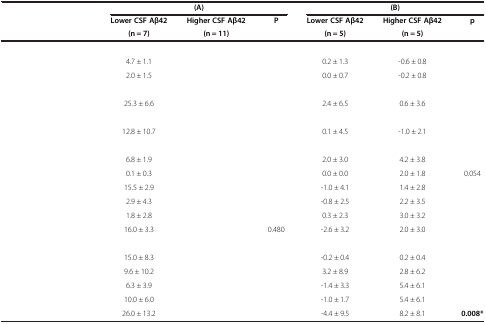
<table><thead><tr><td>[EMPTY_CELL]</td><td colspan="2"><b>(A)</b></td><td>[EMPTY_CELL]</td><td colspan="2"><b>(B)</b></td><td>[EMPTY_CELL]</td></tr><tr><td>[EMPTY_CELL]</td><td><b>Lower CSF Aβ42</b></td><td><b>Higher CSF Aβ42</b></td><td><b>P</b></td><td><b>Lower CSF Aβ42</b></td><td><b>Higher CSF Aβ42</b></td><td><b>p</b></td></tr><tr><td>[EMPTY_CELL]</td><td><b>(n = 7)</b></td><td><b>(n = 11)</b></td><td>[EMPTY_CELL]</td><td><b>(n = 5)</b></td><td><b>(n = 5)</b></td><td>[EMPTY_CELL]</td></tr></thead><tbody><tr><td>[EMPTY_CELL]</td><td>[EMPTY_CELL]</td><td>[EMPTY_CELL]</td><td>[EMPTY_CELL]</td><td>[EMPTY_CELL]</td><td>[EMPTY_CELL]</td><td>[EMPTY_CELL]</td></tr><tr><td>[EMPTY_CELL]</td><td>4.7 ± 1.1</td><td>[EMPTY_CELL]</td><td>[EMPTY_CELL]</td><td>0.2 ± 1.3</td><td>-0.6 ± 0.8</td><td>[EMPTY_CELL]</td></tr><tr><td>[EMPTY_CELL]</td><td>2.0 ± 1.5</td><td>[EMPTY_CELL]</td><td>[EMPTY_CELL]</td><td>0.0 ± 0.7</td><td>-0.2 ± 0.8</td><td>[EMPTY_CELL]</td></tr><tr><td>[EMPTY_CELL]</td><td>[EMPTY_CELL]</td><td>[EMPTY_CELL]</td><td>[EMPTY_CELL]</td><td>[EMPTY_CELL]</td><td>[EMPTY_CELL]</td><td>[EMPTY_CELL]</td></tr><tr><td>[EMPTY_CELL]</td><td>25.3 ± 6.6</td><td>[EMPTY_CELL]</td><td>[EMPTY_CELL]</td><td>2.4 ± 6.5</td><td>0.6 ± 3.6</td><td>[EMPTY_CELL]</td></tr><tr><td>[EMPTY_CELL]</td><td>[EMPTY_CELL]</td><td>[EMPTY_CELL]</td><td>[EMPTY_CELL]</td><td>[EMPTY_CELL]</td><td>[EMPTY_CELL]</td><td>[EMPTY_CELL]</td></tr><tr><td>[EMPTY_CELL]</td><td>12.8 ± 10.7</td><td>[EMPTY_CELL]</td><td>[EMPTY_CELL]</td><td>0.1 ± 4.5</td><td>-1.0 ± 2.1</td><td>[EMPTY_CELL]</td></tr><tr><td>[EMPTY_CELL]</td><td>[EMPTY_CELL]</td><td>[EMPTY_CELL]</td><td>[EMPTY_CELL]</td><td>[EMPTY_CELL]</td><td>[EMPTY_CELL]</td><td>[EMPTY_CELL]</td></tr><tr><td>[EMPTY_CELL]</td><td>6.8 ± 1.9</td><td>[EMPTY_CELL]</td><td>[EMPTY_CELL]</td><td>2.0 ± 3.0</td><td>4.2 ± 3.8</td><td>[EMPTY_CELL]</td></tr><tr><td>[EMPTY_CELL]</td><td>0.1 ± 0.3</td><td>[EMPTY_CELL]</td><td>[EMPTY_CELL]</td><td>0.0 ± 0.0</td><td>2.0 ± 1.8</td><td>0.054</td></tr><tr><td>[EMPTY_CELL]</td><td>15.5 ± 2.9</td><td>[EMPTY_CELL]</td><td>[EMPTY_CELL]</td><td>-1.0 ± 4.1</td><td>1.4 ± 2.8</td><td>[EMPTY_CELL]</td></tr><tr><td>[EMPTY_CELL]</td><td>2.9 ± 4.3</td><td>[EMPTY_CELL]</td><td>[EMPTY_CELL]</td><td>-0.8 ± 2.5</td><td>2.2 ± 3.5</td><td>[EMPTY_CELL]</td></tr><tr><td>[EMPTY_CELL]</td><td>1.8 ± 2.8</td><td>[EMPTY_CELL]</td><td>[EMPTY_CELL]</td><td>0.3 ± 2.3</td><td>3.0 ± 3.2</td><td>[EMPTY_CELL]</td></tr><tr><td>[EMPTY_CELL]</td><td>16.0 ± 3.3</td><td>[EMPTY_CELL]</td><td>0.480</td><td>-2.6 ± 3.2</td><td>2.0 ± 3.0</td><td>[EMPTY_CELL]</td></tr><tr><td>[EMPTY_CELL]</td><td>[EMPTY_CELL]</td><td>[EMPTY_CELL]</td><td>[EMPTY_CELL]</td><td>[EMPTY_CELL]</td><td>[EMPTY_CELL]</td><td>[EMPTY_CELL]</td></tr><tr><td>[EMPTY_CELL]</td><td>15.0 ± 8.3</td><td>[EMPTY_CELL]</td><td>[EMPTY_CELL]</td><td>-0.2 ± 0.4</td><td>0.2 ± 0.4</td><td>[EMPTY_CELL]</td></tr><tr><td>[EMPTY_CELL]</td><td>9.6 ± 10.2</td><td>[EMPTY_CELL]</td><td>[EMPTY_CELL]</td><td>3.2 ± 8.9</td><td>2.8 ± 6.2</td><td>[EMPTY_CELL]</td></tr><tr><td>[EMPTY_CELL]</td><td>6.3 ± 3.9</td><td>[EMPTY_CELL]</td><td>[EMPTY_CELL]</td><td>-1.4 ± 3.3</td><td>5.4 ± 6.1</td><td>[EMPTY_CELL]</td></tr><tr><td>[EMPTY_CELL]</td><td>10.0 ± 6.0</td><td>[EMPTY_CELL]</td><td>[EMPTY_CELL]</td><td>-1.0 ± 1.7</td><td>5.4 ± 6.1</td><td>[EMPTY_CELL]</td></tr><tr><td>[EMPTY_CELL]</td><td>26.0 ± 13.2</td><td>[EMPTY_CELL]</td><td>[EMPTY_CELL]</td><td>-4.4 ± 9.5</td><td>8.2 ± 8.1</td><td><b>0.008*</b></td></tr></tbody></table>